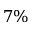
7 \%